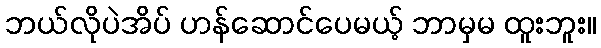
ဘယ်လိုပဲအိပ် ဟန်ဆောင်ပေမယ့် ဘာမှမ ထူးဘူး။